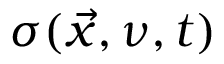
\sigma ( \vec { x } , \nu , t )